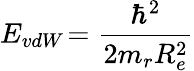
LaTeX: E_{vdW}\! =\frac{\hbar^{2}}{2m_{r}R_{e}^{2}}